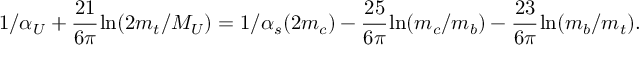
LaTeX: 1 / \alpha _ { U } + { \displaystyle \cfrac { 2 1 } { 6 \pi } } \ln ( 2 m _ { t } / M _ { U } ) = 1 / \alpha _ { s } ( 2 m _ { c } ) - { \displaystyle \cfrac { 2 5 } { 6 \pi } } \ln ( m _ { c } / m _ { b } ) - { \displaystyle \cfrac { 2 3 } { 6 \pi } } \ln ( m _ { b } / m _ { t } ) .